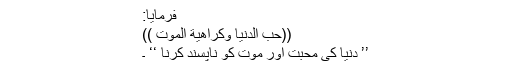
فرمایا:
((حُبُ الدُّنْیَا وَکَرَاھِیَةُ الْمَوْتِ ))
’’ دنیا کی محبت اور موت کو ناپسند کرنا ‘‘ ۔